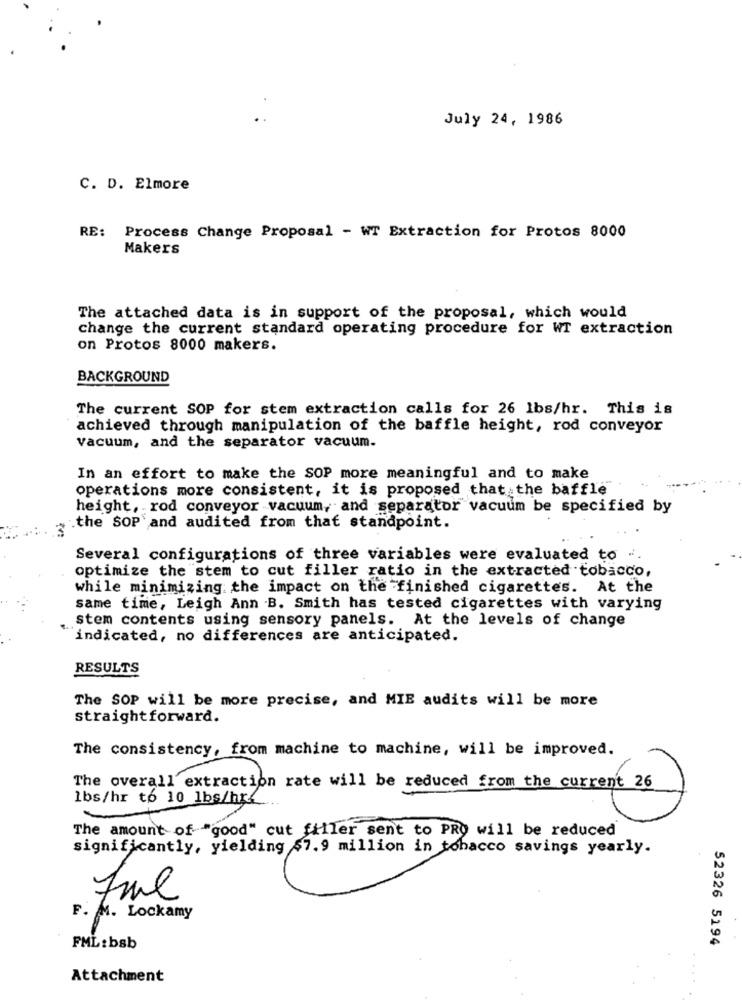
July 24, 1986
C. D. Elmore
RE: Process Change Proposal - WT Extraction for Protos 8000
Makers
The attached data is in support of the proposal, which would
change the current standard operating procedure for WT extraction
on Protos 8000 makers.
BACKGROUND
The current SOP for stem extraction calls for 26 lbs/hr. This is
achieved through manipulation of the baffle height, rod conveyor
vacuum, and the separator vacuum.
In an effort to make the SOP more meaningful and to make
operations more consistent, it is proposed that the baffle
height, rod conveyor vacuum, and separator vacuum be specified by
.the SOP and audited from that standpoint.
Several configurations of three variables were evaluated to ".
optimize the stem to cut filler ratio in the extracted tobacco,
while minimizing the impact on the finished cigarettes. At the
same time, Leigh Ann B. Smith has tested cigarettes with varying
stem contents using sensory panels. At the levels of change
indicated, no differences are anticipated.
RESULTS
The SOP will be more precise, and MIE audits will be more
straightforward.
The consistency, from machine to machine, will be improved.
The overall extraction rate will be reduced from the current 26
lbs/hr to 10 lbs/hr.
The amount of "good" cut filler sent to PRO will be reduced
significantly, yielding $7.9 million in tobacco savings yearly.
7ml
F. M. Lockamy
52326 5194
FML: bsb
Attachment